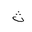
Letter: _tha